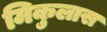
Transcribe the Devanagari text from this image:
मिकुलास